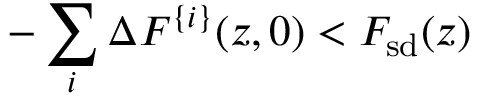
- \sum _ { i } \Delta F ^ { \{ i \} } ( z , 0 ) < F _ { \mathrm { s d } } ( z )